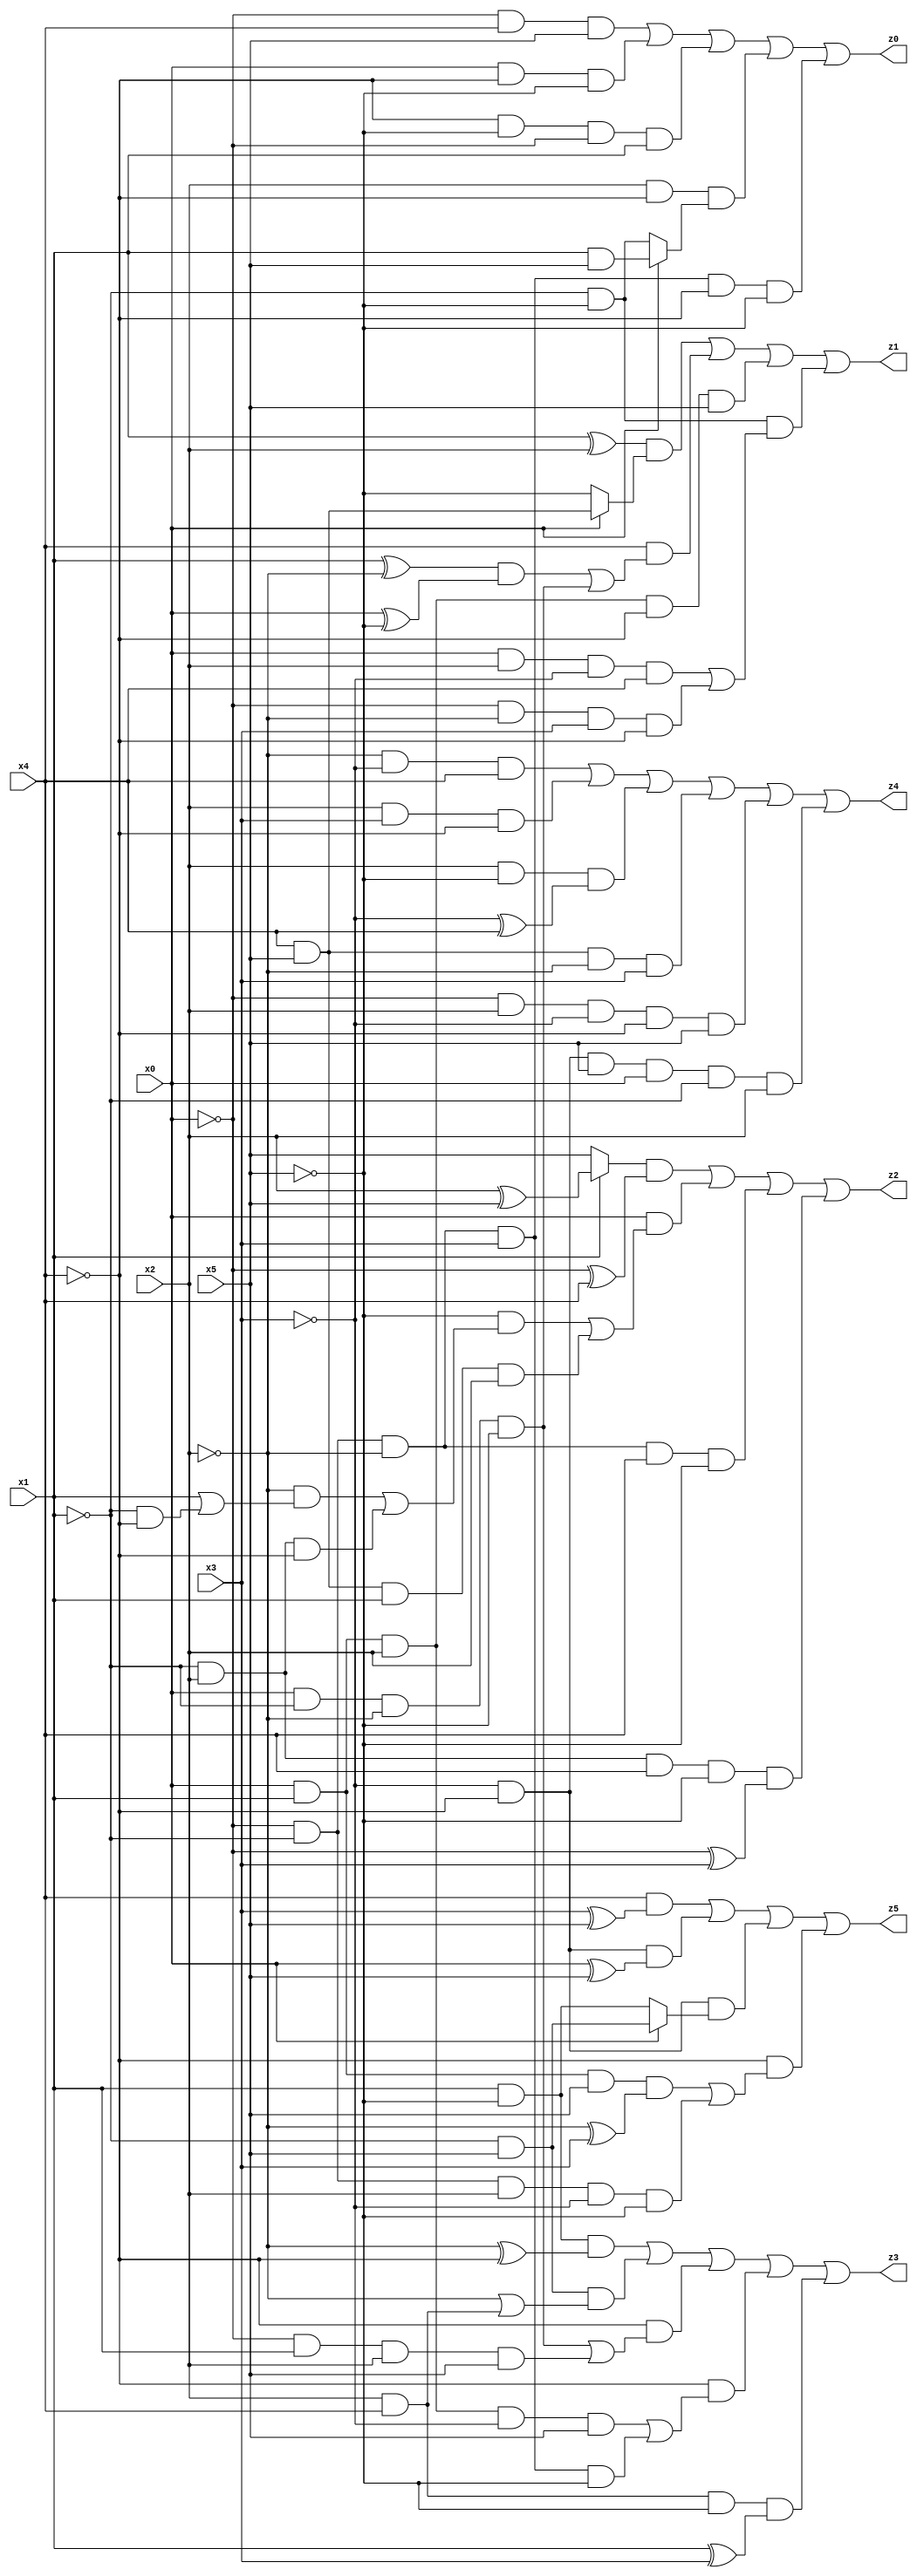
// Benchmark "X_31" written by ABC on Wed Jun 07 23:37:40 2023

module X_31 ( 
    x0, x1, x2, x3, x4, x5,
    z0, z1, z2, z3, z4, z5  );
  input  x0, x1, x2, x3, x4, x5;
  output z0, z1, z2, z3, z4, z5;
  assign z0 = (~x0 & x4 & x5) | (x0 & ~x4 & ~x5) | (~x4 & ~x5 & ~x0 & x1) | (x2 & ~x4 & (x0 ? (x1 & x5) : (~x1 & ~x5))) | (~x0 & ~x1 & ~x2 & x3 & ~x4 & ~x5);
  assign z1 = ((x1 ^ x2) & (x0 ? (x4 & x5) : ~x5)) | (x4 & (((x1 ^ ~x2) & (x0 ^ ~x5)) | (x0 & ~x1 & ~x2 & ~x5))) | (x0 & x1 & x2 & ~x4 & x5) | (~x1 & ~x5 & ((x0 & x2 & ~x3 & x4) | (~x0 & ~x2 & x3 & ~x4)));
  assign z2 = ((x1 ? (x2 ^ x5) : x5) & (~x0 ^ x4)) | (x0 & ((~x5 & ((~x2 & (x1 | (~x1 & ~x4))) | (~x1 & x2 & ~x4))) | (x4 & x5 & x1 & x2))) | (~x0 & ~x1 & ~x2 & x4 & ~x5) | (~x1 & x2 & x4 & ~x5 & (~x0 ^ x3));
  assign z3 = (x1 & ~x5 & (~x2 ^ ~x4)) | (~x1 & x5 & (~x2 | (x2 & x4))) | (~x4 & ((x0 & ~x1 & ~x2 & ~x5) | (~x0 & x1 & x2 & x5))) | (~x4 & ((x0 & x1 & x2 & ~x3 & x5) | (~x0 & ~x1 & ~x2 & x3 & ~x5))) | (x2 & x4 & ~x5 & (x1 ^ x3));
  assign z4 = (~x2 & ~x3 & x4) | (x2 & x3 & ~x4) | (x2 & ~x5 & (~x3 ^ x4)) | (x4 & x5 & ~x2 & x3) | (~x0 & x2 & ~x3 & ~x4 & x5) | (~x3 & ~x4 & x5 & x0 & ~x1 & x2);
  assign z5 = (x4 & (x3 ^ x5)) | (~x3 & ~x4 & (x0 ^ x5)) | (~x3 & ~x4 & (x0 ? (~x1 & x5) : (x1 & ~x5))) | (~x4 & ((x0 & x1 & x5 & (~x2 ^ x3)) | (~x0 & ~x1 & x2 & ~x3 & ~x5)));
endmodule